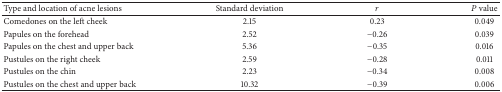
<table><thead><tr><td><b>Type and location of acne lesions</b></td><td><b>Standard deviation</b></td><td><b><i>r</i></b></td><td><b><i>P</i> value</b></td></tr></thead><tbody><tr><td>Comedones on the left cheek</td><td>2.15</td><td>0.23</td><td>0.049</td></tr><tr><td>Papules on the forehead</td><td>2.52</td><td>−0.26</td><td>0.039</td></tr><tr><td>Papules on the chest and upper back</td><td>5.36</td><td>−0.35</td><td>0.016</td></tr><tr><td>Pustules on the right cheek</td><td>2.59</td><td>−0.28</td><td>0.011</td></tr><tr><td>Pustules on the chin</td><td>2.23</td><td>−0.34</td><td>0.008</td></tr><tr><td>Pustules on the chest and upper back</td><td>10.32</td><td>−0.39</td><td>0.006</td></tr></tbody></table>